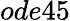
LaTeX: ode45